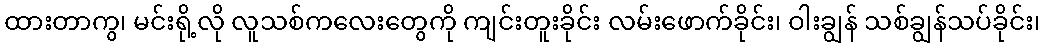
ထားတာကွ၊ မင်းရို့လို လူသစ်ကလေးတွေကို ကျင်းတူးခိုင်း လမ်းဖောက်ခိုင်း၊ ဝါးချွန် သစ်ချွန်သပ်ခိုင်း၊